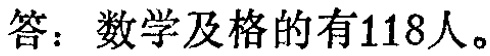
答：数学及格的有118人。